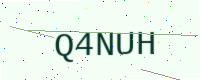
Text: Q4NUH